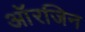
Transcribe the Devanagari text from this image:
आॅरजिन